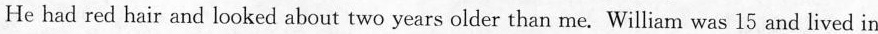
He had red hair and looked about two years older than me. William was 15 and lived in